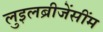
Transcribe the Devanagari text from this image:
लुइलब्रीजेंसींम